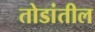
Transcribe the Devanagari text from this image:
तोडांतील